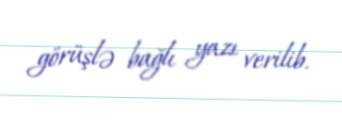
görüşlə bağlı yazı verilib.